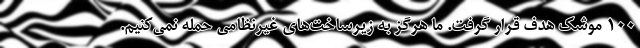
۱۰۰ موشک هدف قرار گرفت. ما هرگز به زیرساخت‌های غیرنظامی حمله نمی‌کنیم.